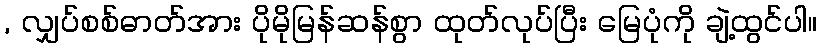
, လျှပ်စစ်ဓာတ်အား ပိုမိုမြန်ဆန်စွာ ထုတ်လုပ်ပြီး မြေပုံကို ချဲ့ထွင်ပါ။